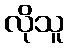
လိုသူ